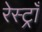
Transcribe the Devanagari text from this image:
रेस्ट्राँ